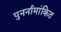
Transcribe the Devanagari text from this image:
पुनर्नामांकित